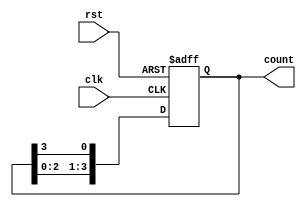
module ring_counter #(parameter N = 4) (
    input wire clk,         // Clock signal
    input wire rst,         // Reset signal
    output reg [N-1:0] count // Output of the ring counter
);

// Always block to handle the clock and reset
always @(posedge clk or posedge rst) begin
    if (rst) begin
        // Initialize the counter to the starting state (only the LSB is '1')
        count <= (1'b1 << 0);  // Only the first bit is set to '1'
    end else begin
        // Shift the '1' through the counter
        count <= {count[N-2:0], count[N-1]};
    end
end

endmodule